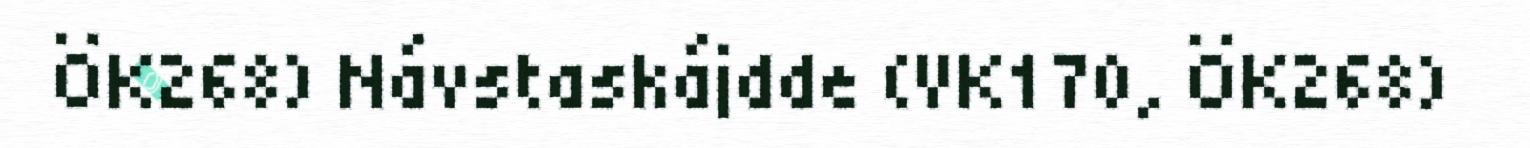
ÖK268) Návstaskájdde (VK170, ÖK268)